Indian journal of veterinary science and animal husbandry - Volume 12,
Year: 1942
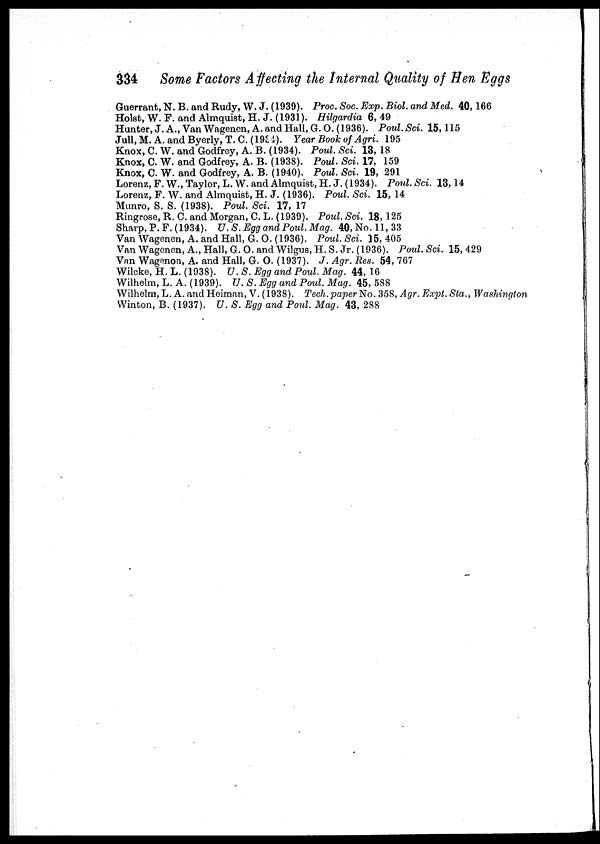
334
Some Factors Affecting the Internal Quality of Hen Eggs
Guerrant, N. B. and Rudy, W. J. (1939). Proc. Soc. Exp. Biol. and Med. 40,166
Holst, W. F. and Almquist, H. J. (1931). Hilgardia 6, 49
Hunter, J. A., Van Wagenen, A. and Hall, G. O.(1936). Poul.Sci. 15,115
Jull, M. A. and Byerly,'T. C. (1934). Year Book of Agri. 195
Knox, C. W. and Godfrey, A. B. (1934). Poul. Sci. 13, 18
Knox, C. W. and Godfrey, A. B. (1938). Poul. Sci. 17, 159
Knox, C. W. and Godfrey, A. B. (1940). Poul. Sci. 19, 291
Lorenz, F. W., Tavlor, L. W. and Almquist, H. J. (1934). Poul. Sci. 13,14
Lorenz, F. W. and Almquist, H. J. (1936). Poul. Sci. 15, 14
Munro, S. S. (1938). Poul. Sci. 17, 17
Ringrose, R. C. and Morgan, C. L. (1939). Poul. Sci. 18, 125
Sharp, P. F. (1934). U.S. Egg and Poul. Mag. 40, No. 11, 33
Van Wagenen, A. and Hall, G. O. (1936). Poul. Sci. 35, 405
Van Wagenen, A., Hall, G. O. and Wilgus, H. S. Jr. (1936). Poul. Sci. 15, 429
Van Wagenon, A. and Hall, G. O. (1937). J. Agr. Res. 54, 767
Wilcke, H. L. (1938). U. S. Egg and Poul. Mag. 44, 16
Wilhelm, L. A. (1939). U. S. Egg and Poul. Mag. 45, 588
Wilhelm, L. A. and Heiman, V.(1938). Tech. paper No. 358, Agr. Expt.Sta., Washington
Winton, B. (1937). U. S. Egg and Poul. Mag. 43, 288